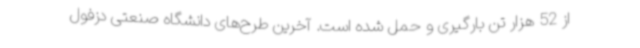
از 52 هزار تن بارگیری و حمل شده است. آخرین طرح‌های دانشگاه صنعتی دزفول